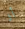
أو